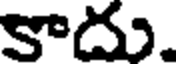
కాదు.